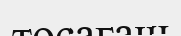
төсағаш